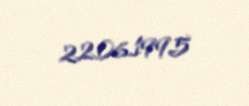
22.06.1995